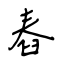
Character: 舂